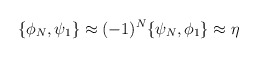
\begin{align*}\{\phi_N,\psi_1\}\approx (-1)^N\{\psi_N,\phi_1\}\approx\eta\end{align*}